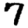
Digit: 7